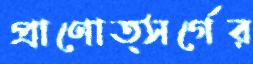
প্রাণোত্সর্গের